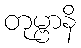
တုမ္ဗာနိ